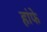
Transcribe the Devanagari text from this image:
हांफे